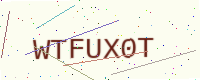
Text: WTFUX0T